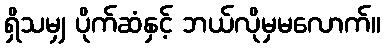
ရှိသမျှ ပိုက်ဆံနှင့် ဘယ်လိုမှမလောက်။